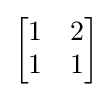
{\begin{bmatrix}1&2\\1&1\end{bmatrix}}